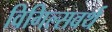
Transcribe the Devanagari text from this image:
विगिल्सवर्थ